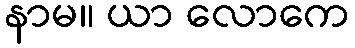
နာမ။ ယာ လောကေ